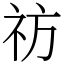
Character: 祊